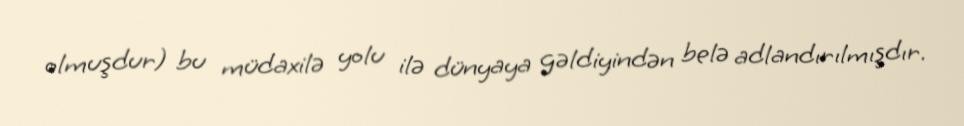
olmuşdur) bu müdaxilə yolu ilə dünyaya gəldiyindən belə adlandırılmışdır.